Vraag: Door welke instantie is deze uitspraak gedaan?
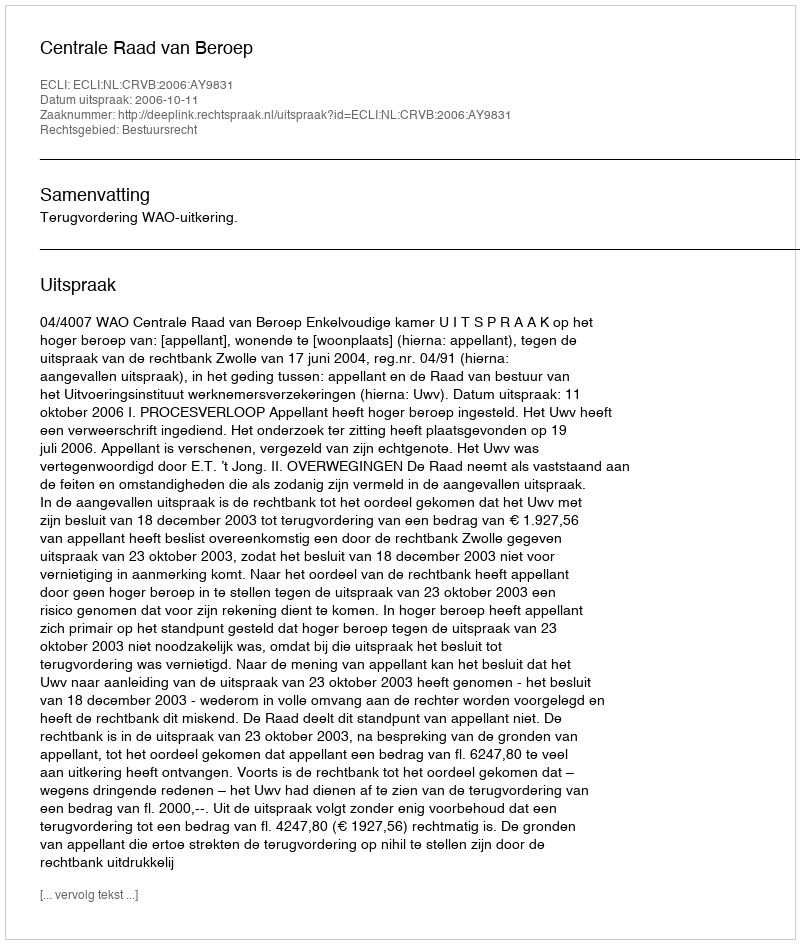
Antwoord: Centrale Raad van Beroep